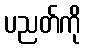
ပညတ်ကို